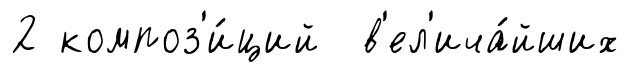
2 композ'и́ций в'ел'ича́йших